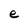
Character: e